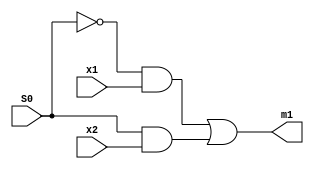
`timescale 1ns / 1ps
//////////////////////////////////////////////////////////////////////////////////
// Company: 
// Engineer: 
// 
// Design Name: 
// Module Name:    mux2x1 
// Project Name: 
// Target Devices: 
// Tool versions: 
// Description: 
//
// Dependencies: 
//
// Revision: 
// Revision 0.01 - File Created
// Additional Comments: 
//
//////////////////////////////////////////////////////////////////////////////////
module mux2x1(
    input S0,
    input x1,
    input x2,
    output m1
    );
	 

	 assign m1 = ( ~(S0)&x1 | (S0)&x2 );

endmodule